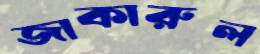
জাকারুল